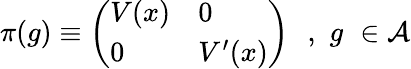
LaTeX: \pi(g)\equiv\left(\begin{array}{ll}{{V(x)}}&{{0}}\\ {{0}}&{{V^{\prime}(x)}}\end{array}\right)\, \, \, \, ,\, \, g\, \, \in{\cal A}